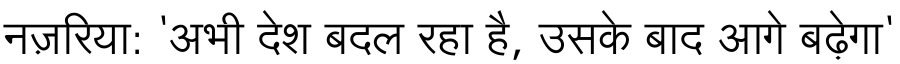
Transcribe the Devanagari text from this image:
नज़रिया: 'अभी देश बदल रहा है, उसके बाद आगे बढ़ेगा'